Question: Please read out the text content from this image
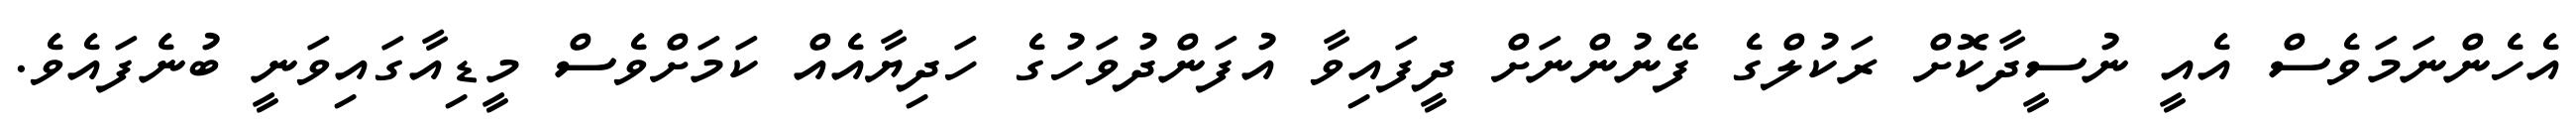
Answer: އެހެންނަމަވެސް އެއީ ނުސީދާކޮށް ރަކުލްގެ ފޭނުންނަށް ދީފައިވާ އުފަންދުވަހުގެ ހަދިޔާއެއް ކަމަށްވެސް މީޑިއާގައިވަނީ ބުނެފައެވެ.